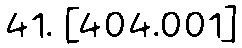
41. [404.001]